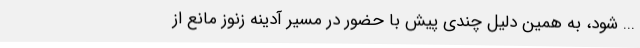
... شود، به همین دلیل چندی پیش با حضور در مسیر آدینه زنوز مانع از